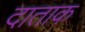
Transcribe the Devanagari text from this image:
दाताक